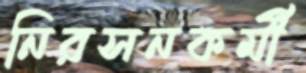
নিরসনকর্মী